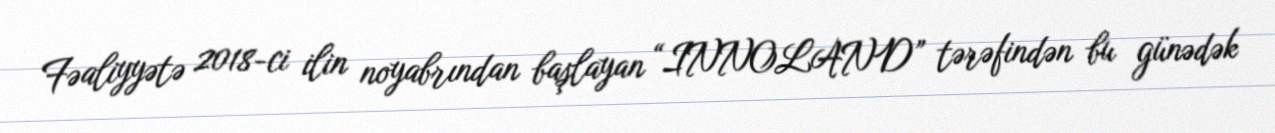
Fəaliyyətə 2018-ci ilin noyabrından başlayan “INNOLAND” tərəfindən bu günədək